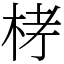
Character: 𣑥